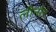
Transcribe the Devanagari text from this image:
लीनोर